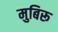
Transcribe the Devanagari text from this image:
मुबिरू